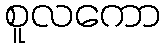
စူလကော